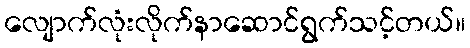
လျောက်လုံးလိုက်နာဆောင်ရွက်သင့်တယ်။